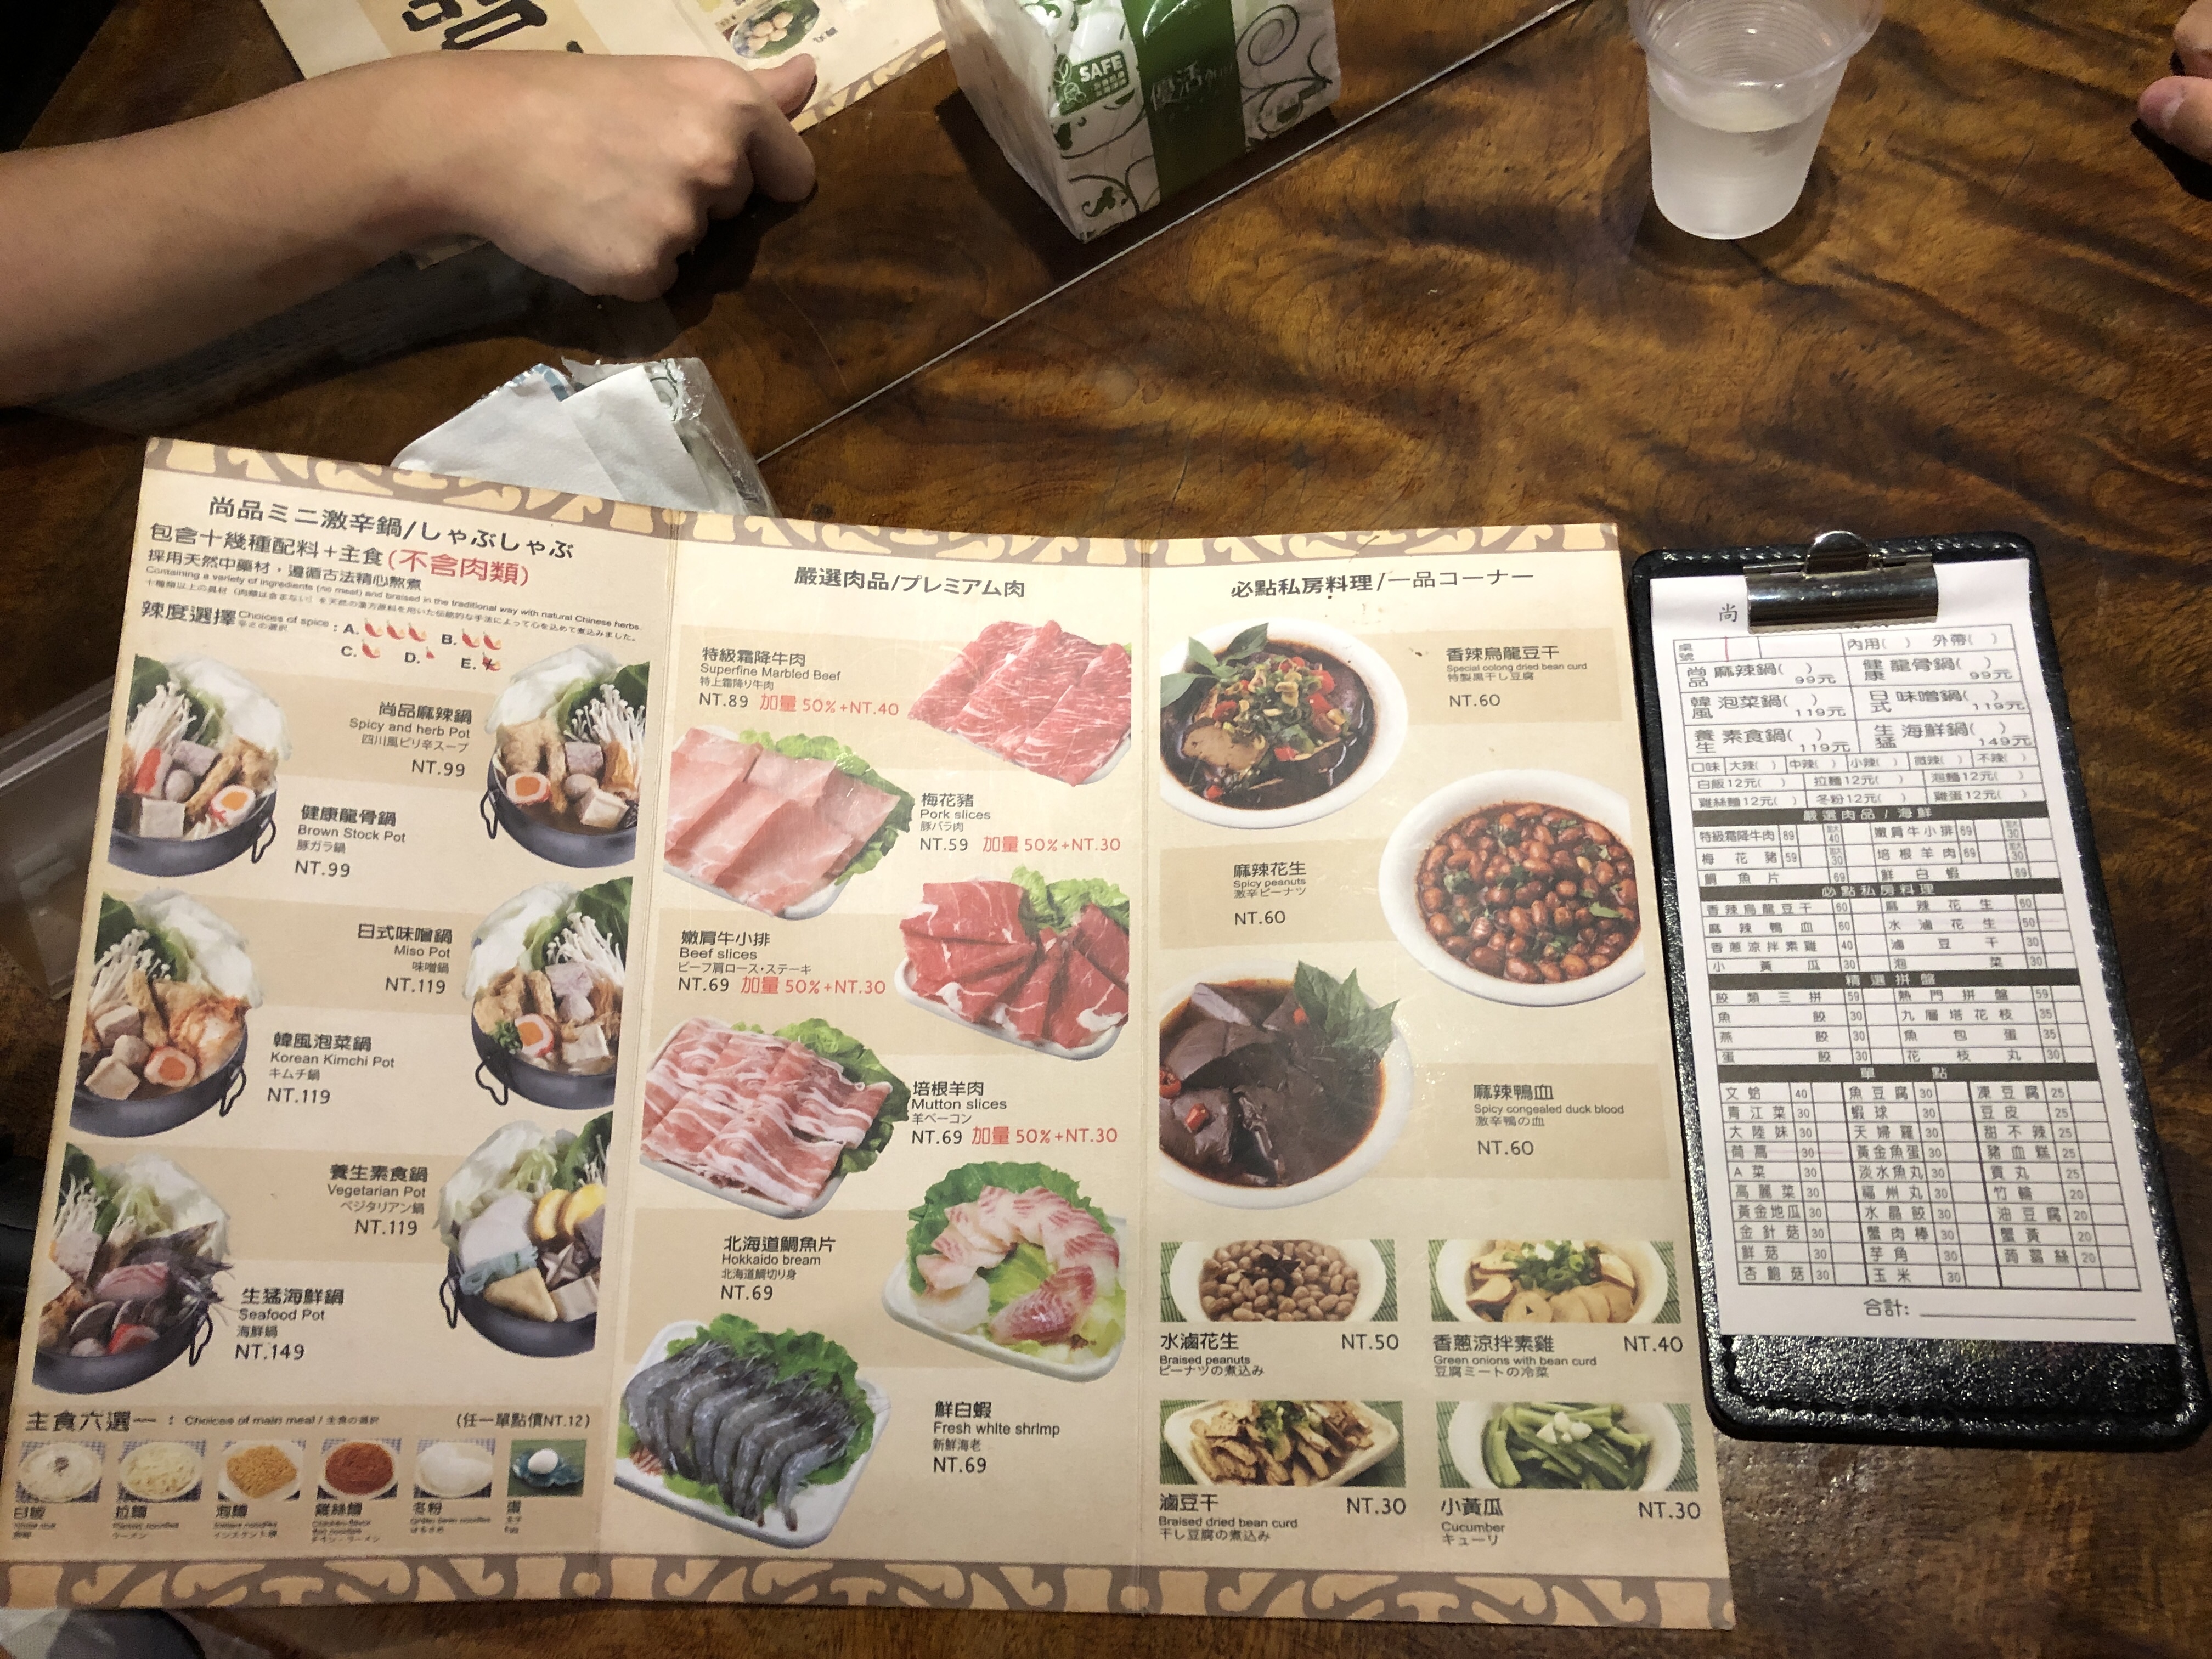
菜單：
name: 尚品麻辣鍋
price: NT.99
name: 健康龍骨鍋
price: NT.99
name: 日式味噌鍋
price: NT.119
name: 韓風泡菜鍋
price: NT.119
name: 養生素食鍋
price: NT.119
name: 生猛海鮮鍋
price: NT.149
name: 特級霜降牛肉
price: NT.89
name: 梅花豬
price: NT.59
name: 嫩肩牛小排
price: NT.69
name: 培根羊肉
price: NT.69
name: 北海道鯛魚片
price: NT.69
name: 鮮白蝦
price: NT.69
name: 香辣烏龍豆干
price: NT.60
name: 麻辣花生
price: NT.60
name: 麻辣鴨血
price: NT.60
name: 水滷花生
price: NT.50
name: 香蔥涼拌素雞
price: NT.40
name: 滷豆干
price: NT.30
name: 小黃瓜
price: NT.30
name: 白飯
price: NT.12
name: 拉麵
price: NT.12
name: 泡麵
price: NT.12
name: 雞絲麵
price: NT.12
name: 冬粉
price: NT.12
name: 雞蛋
price: NT.12
name: 鴨血
price: NT.30
name: 芋頭
price: NT.30
name: 蛋餃
price: NT.30
name: 高麗菜
price: NT.30
name: 黃金地瓜
price: NT.30
name: 金針菇
price: NT.30
name: 鮮菇
price: NT.30
name: 杏鮑菇
price: NT.30
name: 大陸味
price: NT.30
name: 筍篇
price: NT.30
name: A菜
price: NT.30
name: 青江菜
price: NT.30
name: 蝦球
price: NT.30
name: 天婦羅
price: NT.30
name: 黃金魚蛋
price: NT.30
name: 淡水魚丸
price: NT.30
name: 福州丸
price: NT.30
name: 水晶餃
price: NT.30
name: 蟹肉棒
price: NT.30
name: 芋角
price: NT.30
name: 玉米
price: NT.30
name: 豆皮
price: NT.25
name: 甜不辣
price: NT.25
name: 豬血糕
price: NT.25
name: 貢丸
price: NT.25
name: 竹輪
price: NT.20
name: 油豆包
price: NT.20
name: 蟹黃
price: NT.20
name: 蒟蒻絲
price: NT.20